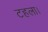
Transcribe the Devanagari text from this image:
टहला।